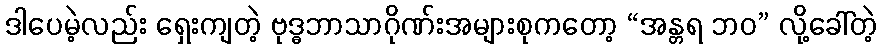
ဒါပေမဲ့လည်း ရှေးကျတဲ့ ဗုဒ္ဓဘာသာဂိုဏ်းအများစုကတော့ “အန္တရ ဘဝ” လို့ခေါ်တဲ့